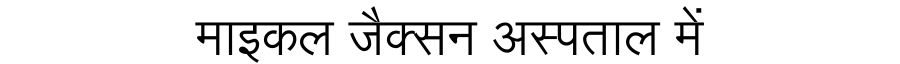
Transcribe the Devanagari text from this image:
माइकल जैक्सन अस्पताल में